Tezpur Lunatic Asylum reports 1877-1894 - 1877-1894
Year: 1877
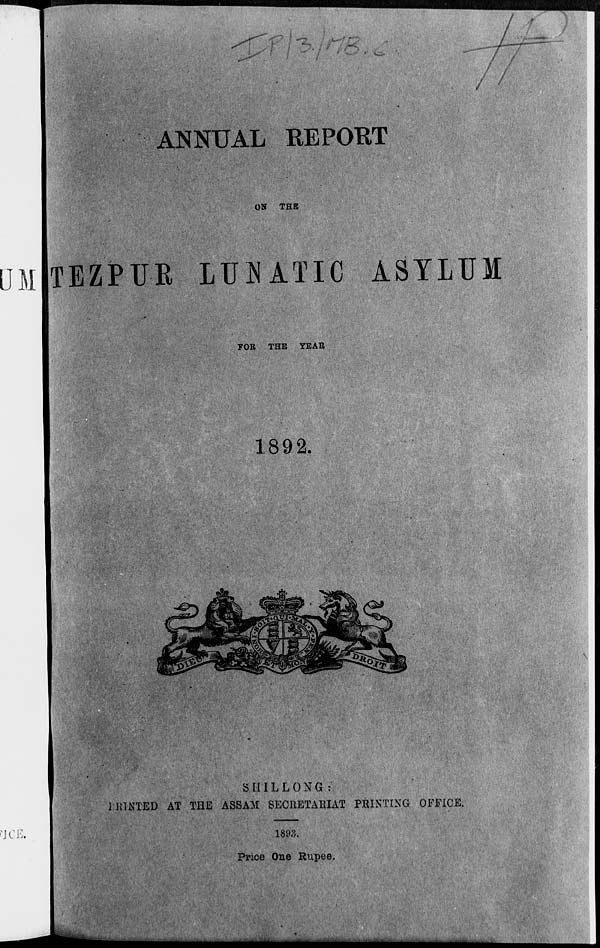
y ,-
DM
ANNUAL REPORT
ON THE
TEZPUB LUHATIC ASYLUM
FOR THE YEAR
1892.
SHILLONG:
HUNTED AT THE ASSAM SECRETARIAT PRINTING OFFICE.
MCE.
1893,
Price One Rupee.